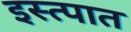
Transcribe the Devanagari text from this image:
इस्त्पात